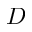
D